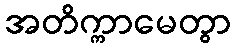
အတိက္ကာမေတွာ